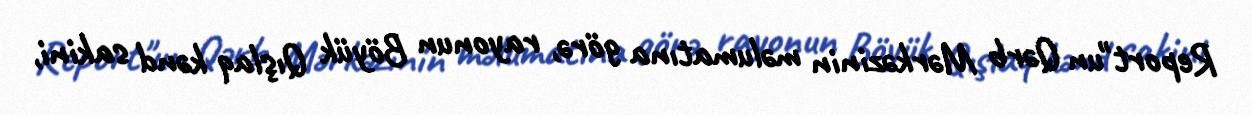
Report"un Qərb Mərkəzinin məlumatına görə, rayonun Böyük Qışlaq kənd sakini,